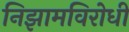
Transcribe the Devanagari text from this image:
निझामविरोधी